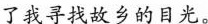
了我寻找故乡的目光。